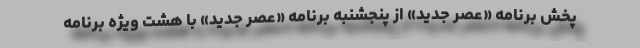
پخش برنامه «عصر جدید» از پنجشنبه برنامه «عصر جدید» با هشت ویژه برنامه